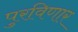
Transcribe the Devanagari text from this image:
पुरविणार